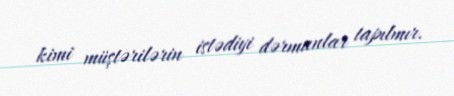
kimi müştərilərin istədiyi dərmanlar tapılmır.